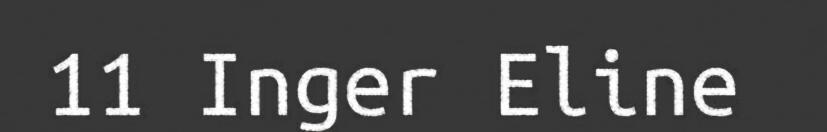
11 Inger Eline